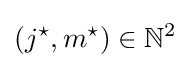
(j^{\star },m^{\star })\in \mathbb {N} ^{2}